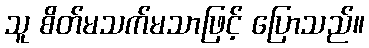
သူ စိတ်မသက်မသာဖြင့် ပြောသည်။